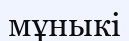
мұныкі